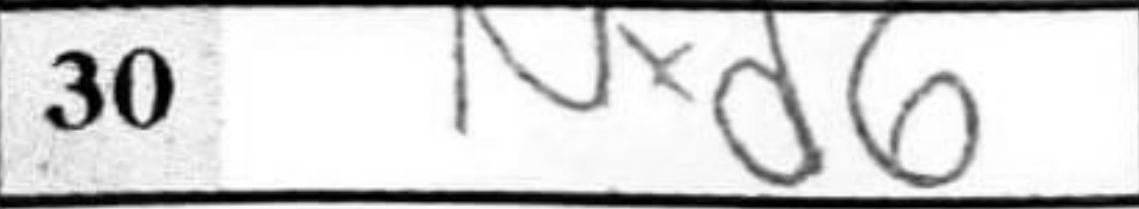
Transcription: Nxd6